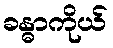
ခန္ဓာကိုယ်